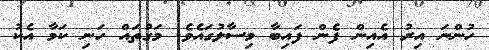
ހުންނަ އިރު އެއިން ފެން ފައިބާ މިސާލުގައެވެ. މަގުތައް ހަނި ކަމާ އެކު